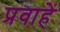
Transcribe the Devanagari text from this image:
प्रवाहें